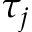
\tau _ { j }